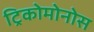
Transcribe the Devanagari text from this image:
ट्रिकोमोनोस